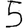
Digit: 5